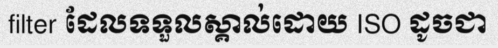
filter ដែលទទួលស្គាល់ដោយ ISO ដូចជា